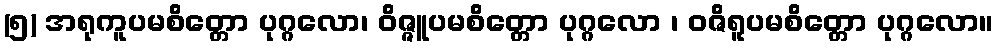
(၅) အရုကူပမစိတ္တော ပုဂ္ဂလော၊ ဝိဇ္ဇူပမစိတ္တော ပုဂ္ဂလော ၊ ဝဇိရူပမစိတ္တော ပုဂ္ဂလော။